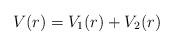
LaTeX: \begin{align*}V(r)=V_1(r)+V_2(r)\end{align*}